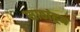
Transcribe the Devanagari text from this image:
साठांहून